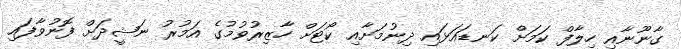
ގާނޫނާއި ހިލާފް ކަމަށް ކަނޑައަޅައި ދިނުމަށާއި ކޯޓަށް ހާޒިރުވުމުގެ އަމުރު ނަޝީދަށް ފޮނުވާފައި